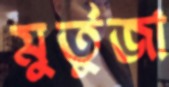
মুর্তুজা